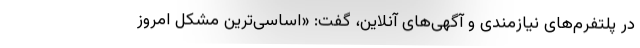
در پلتفرم‌های نیازمندی و آگهی‌های آنلاین، گفت: «اساسی‌ترین مشکل امروز